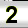
Digit: 2